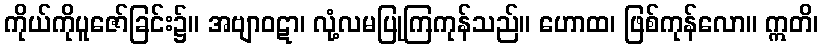
ကိုယ်ကိုပူဇော်ခြင်း၌။ အဗျာဝဋာ၊ လုံ့လမပြုကြကုန်သည်။ ဟောထ၊ ဖြစ်ကုန်လော။ ဣတိ၊